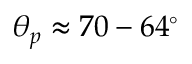
\theta _ { p } \approx 7 0 - 6 4 ^ { \circ }